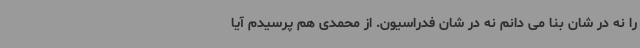
را نه در شان بنا می دانم نه در شان فدراسیون. از محمدی هم پرسیدم آیا